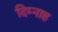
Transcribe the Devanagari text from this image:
दिम्नाह